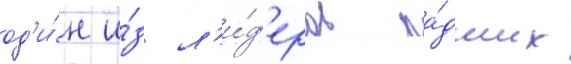
од'и́н и́з л'и́д'еров па́дших